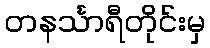
တနင်္သာရီတိုင်းမှ